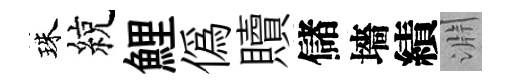
珠綂鯉僞贖儲墻績淵